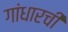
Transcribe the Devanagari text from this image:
गांधारची